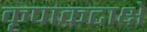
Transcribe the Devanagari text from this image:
कृपाकटाक्षे